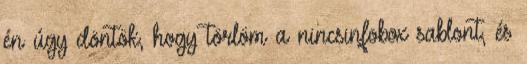
én úgy döntök, hogy törlöm a nincsinfobox sablont, és